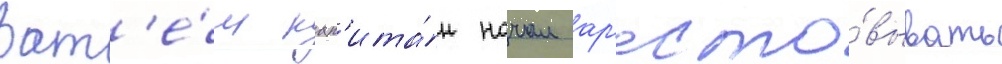
Зат'е́м кап'ита́н начал ар'есто́вывать